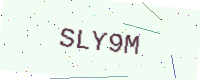
Text: SLY9M